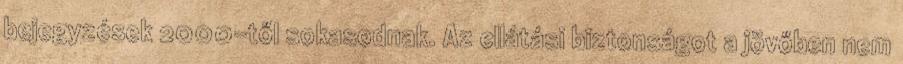
bejegyzések 2000-től sokasodnak. Az ellátási biztonságot a jövőben nem